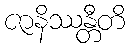
ဇာနိဿန္တီတိ